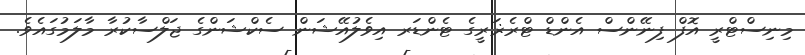
މިނިސްޓްރީ އޮފް ފިނޭންސް އެންޑް ޓްރެޜަރީގެ ޓެންޑަރ އިވެލުއޭޝަން ސެކްޝަންގެ ޖަލްސާކުރާ މާލަމުގައެވެ.